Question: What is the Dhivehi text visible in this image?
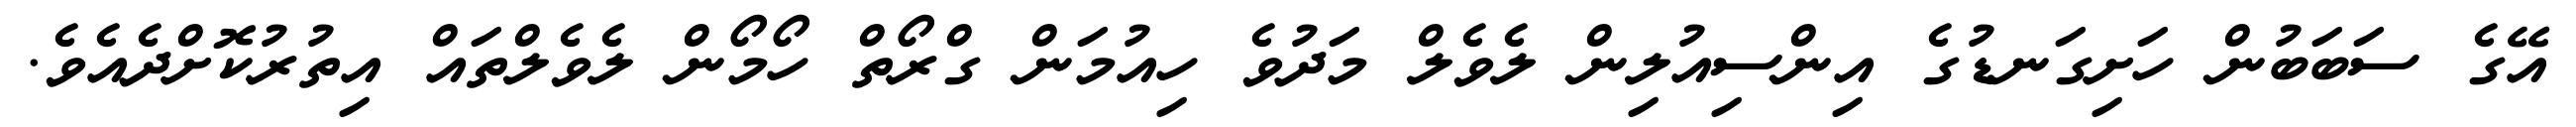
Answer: އޭގެ ސަބަބުން ހަށިގަނޑުގެ އިންސިއުލިން ލެވެލް މަދުވެ ހިއުމަން ގްރޯތް ހޯމޯން ލެވެލްތައް އިތުރުކޮށްދެއެވެ.